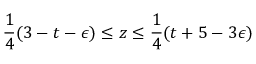
\frac { 1 } { 4 } ( 3 - t - \epsilon ) \leq z \leq \frac { 1 } { 4 } ( t + 5 - 3 \epsilon )